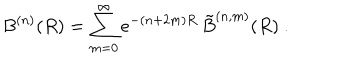
LaTeX: B ^ { ( n ) } ( R ) = \sum _ { m = 0 } ^ { \infty } e ^ { - ( n + 2 m ) R } \, \tilde { B } ^ { ( n , m ) } ( R ) \ .